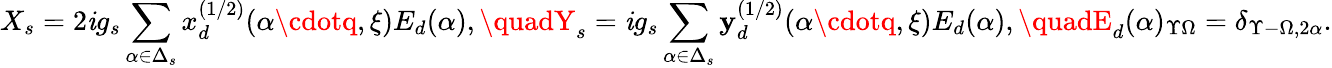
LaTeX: X_{s}=2\mathit{i}g_{s}\sum_{\alpha\in\Delta_{s}}x_{d}^{(1/2)}(\alpha\cdotq,\xi)E_{d}(\alpha),\quadY_{s}=\mathit{i}g_{s}\sum_{\alpha\in\Delta_{s}}\mathbf{y}_{d}^{(1/2)}(\alpha\cdotq,\xi)E_{d}(\alpha),\quadE_{d}(\alpha)_{\Upsilon\Omega}=\delta_{\Upsilon-\Omega,2\alpha}.